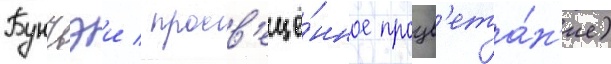
Бунъэи / просв'ещё́нное процв'ета́н'ие)